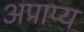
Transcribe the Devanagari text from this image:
अप्राप्‍य